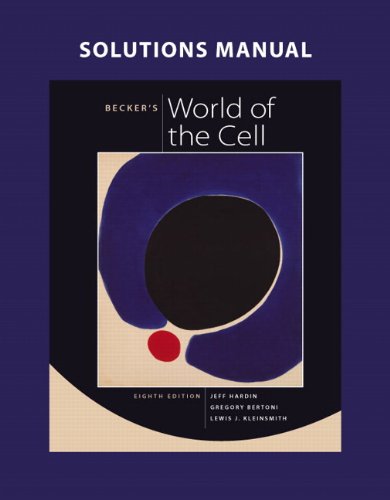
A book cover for Solutions Manual for Becker's World of the Cell; Jeff Hardin; Medical Books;